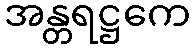
အန္တရဋ္ဌကေ